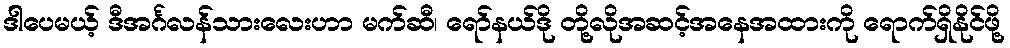
ဒါပေမယ့် ဒီအင်္ဂလန်သားလေးဟာ မက်ဆီ၊ ရော်နယ်ဒို တို့လိုအဆင့်အနေအထားကို ရောက်ရှိနိုင်ဖို့